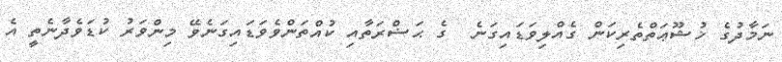
ނަމާދުގެ ޚުޝޫޢަތްތެރިކަން ގެއްލިވަޑައިގަނެ  ގެ ޙަޟްރަތާއި ކުއްތަންވެވަޑައިގަނެވޭ މިންވަރު ކުޑަވެދާނެތީ އެ